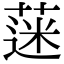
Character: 蒾